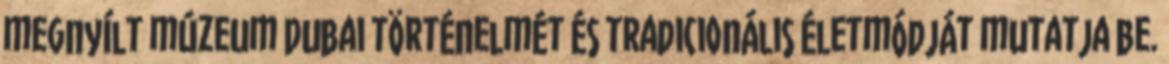
megnyílt múzeum Dubai történelmét és tradicionális életmódját mutatja be.